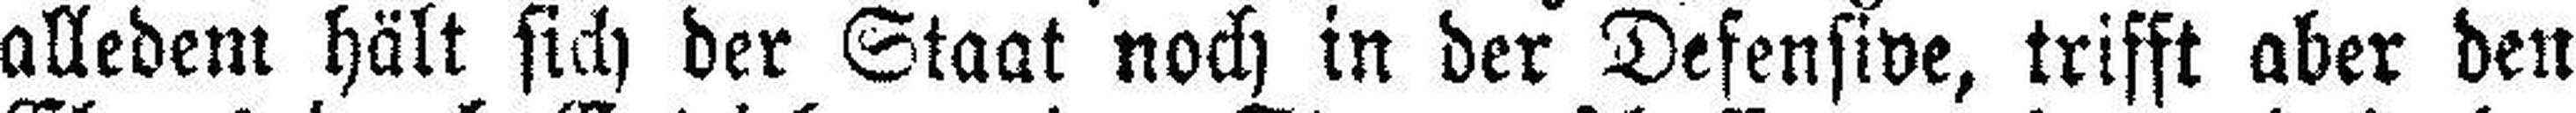
alledem hält sich der Staat noch in der Defensive, trifft aber den